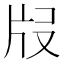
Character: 𤖰